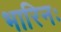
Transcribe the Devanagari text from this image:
भारिनः